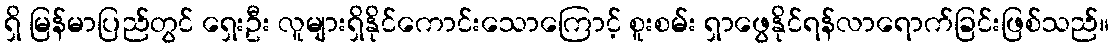
ရှိ မြန်မာပြည်တွင် ရှေးဦး လူများရှိနိုင်ကောင်းသောကြောင့် စူးစမ်း ရှာဖွေနိုင်ရန်လာရောက်ခြင်းဖြစ်သည်။